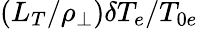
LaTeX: (L_{T}/\rho_{\perp})\delta T_{e}/T_{0e}